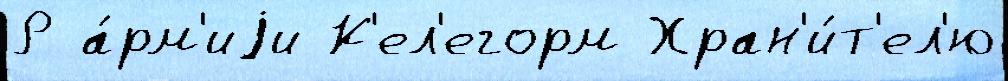
Р а́рм'иjи К'ел'егорм Хран'и́т'ел'ю